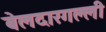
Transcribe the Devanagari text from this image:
बेलदारगल्ली